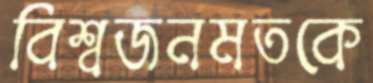
বিশ্বজনমতকে